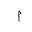
Letter: _mim